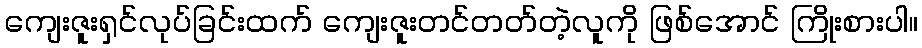
ကျေးဇူးရှင်လုပ်ခြင်းထက် ကျေးဇူးတင်တတ်တဲ့လူကို ဖြစ်အောင် ကြိုးစားပါ။